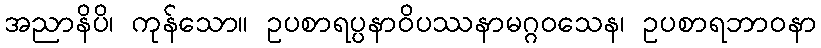
အညာနိပိ၊ ကုန်သော။ ဥပစာရပ္ပနာဝိပဿနာမဂ္ဂဝသေန၊ ဥပစာရဘာဝနာ